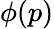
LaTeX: \phi(p)